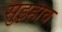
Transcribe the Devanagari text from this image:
सुझ्हाव